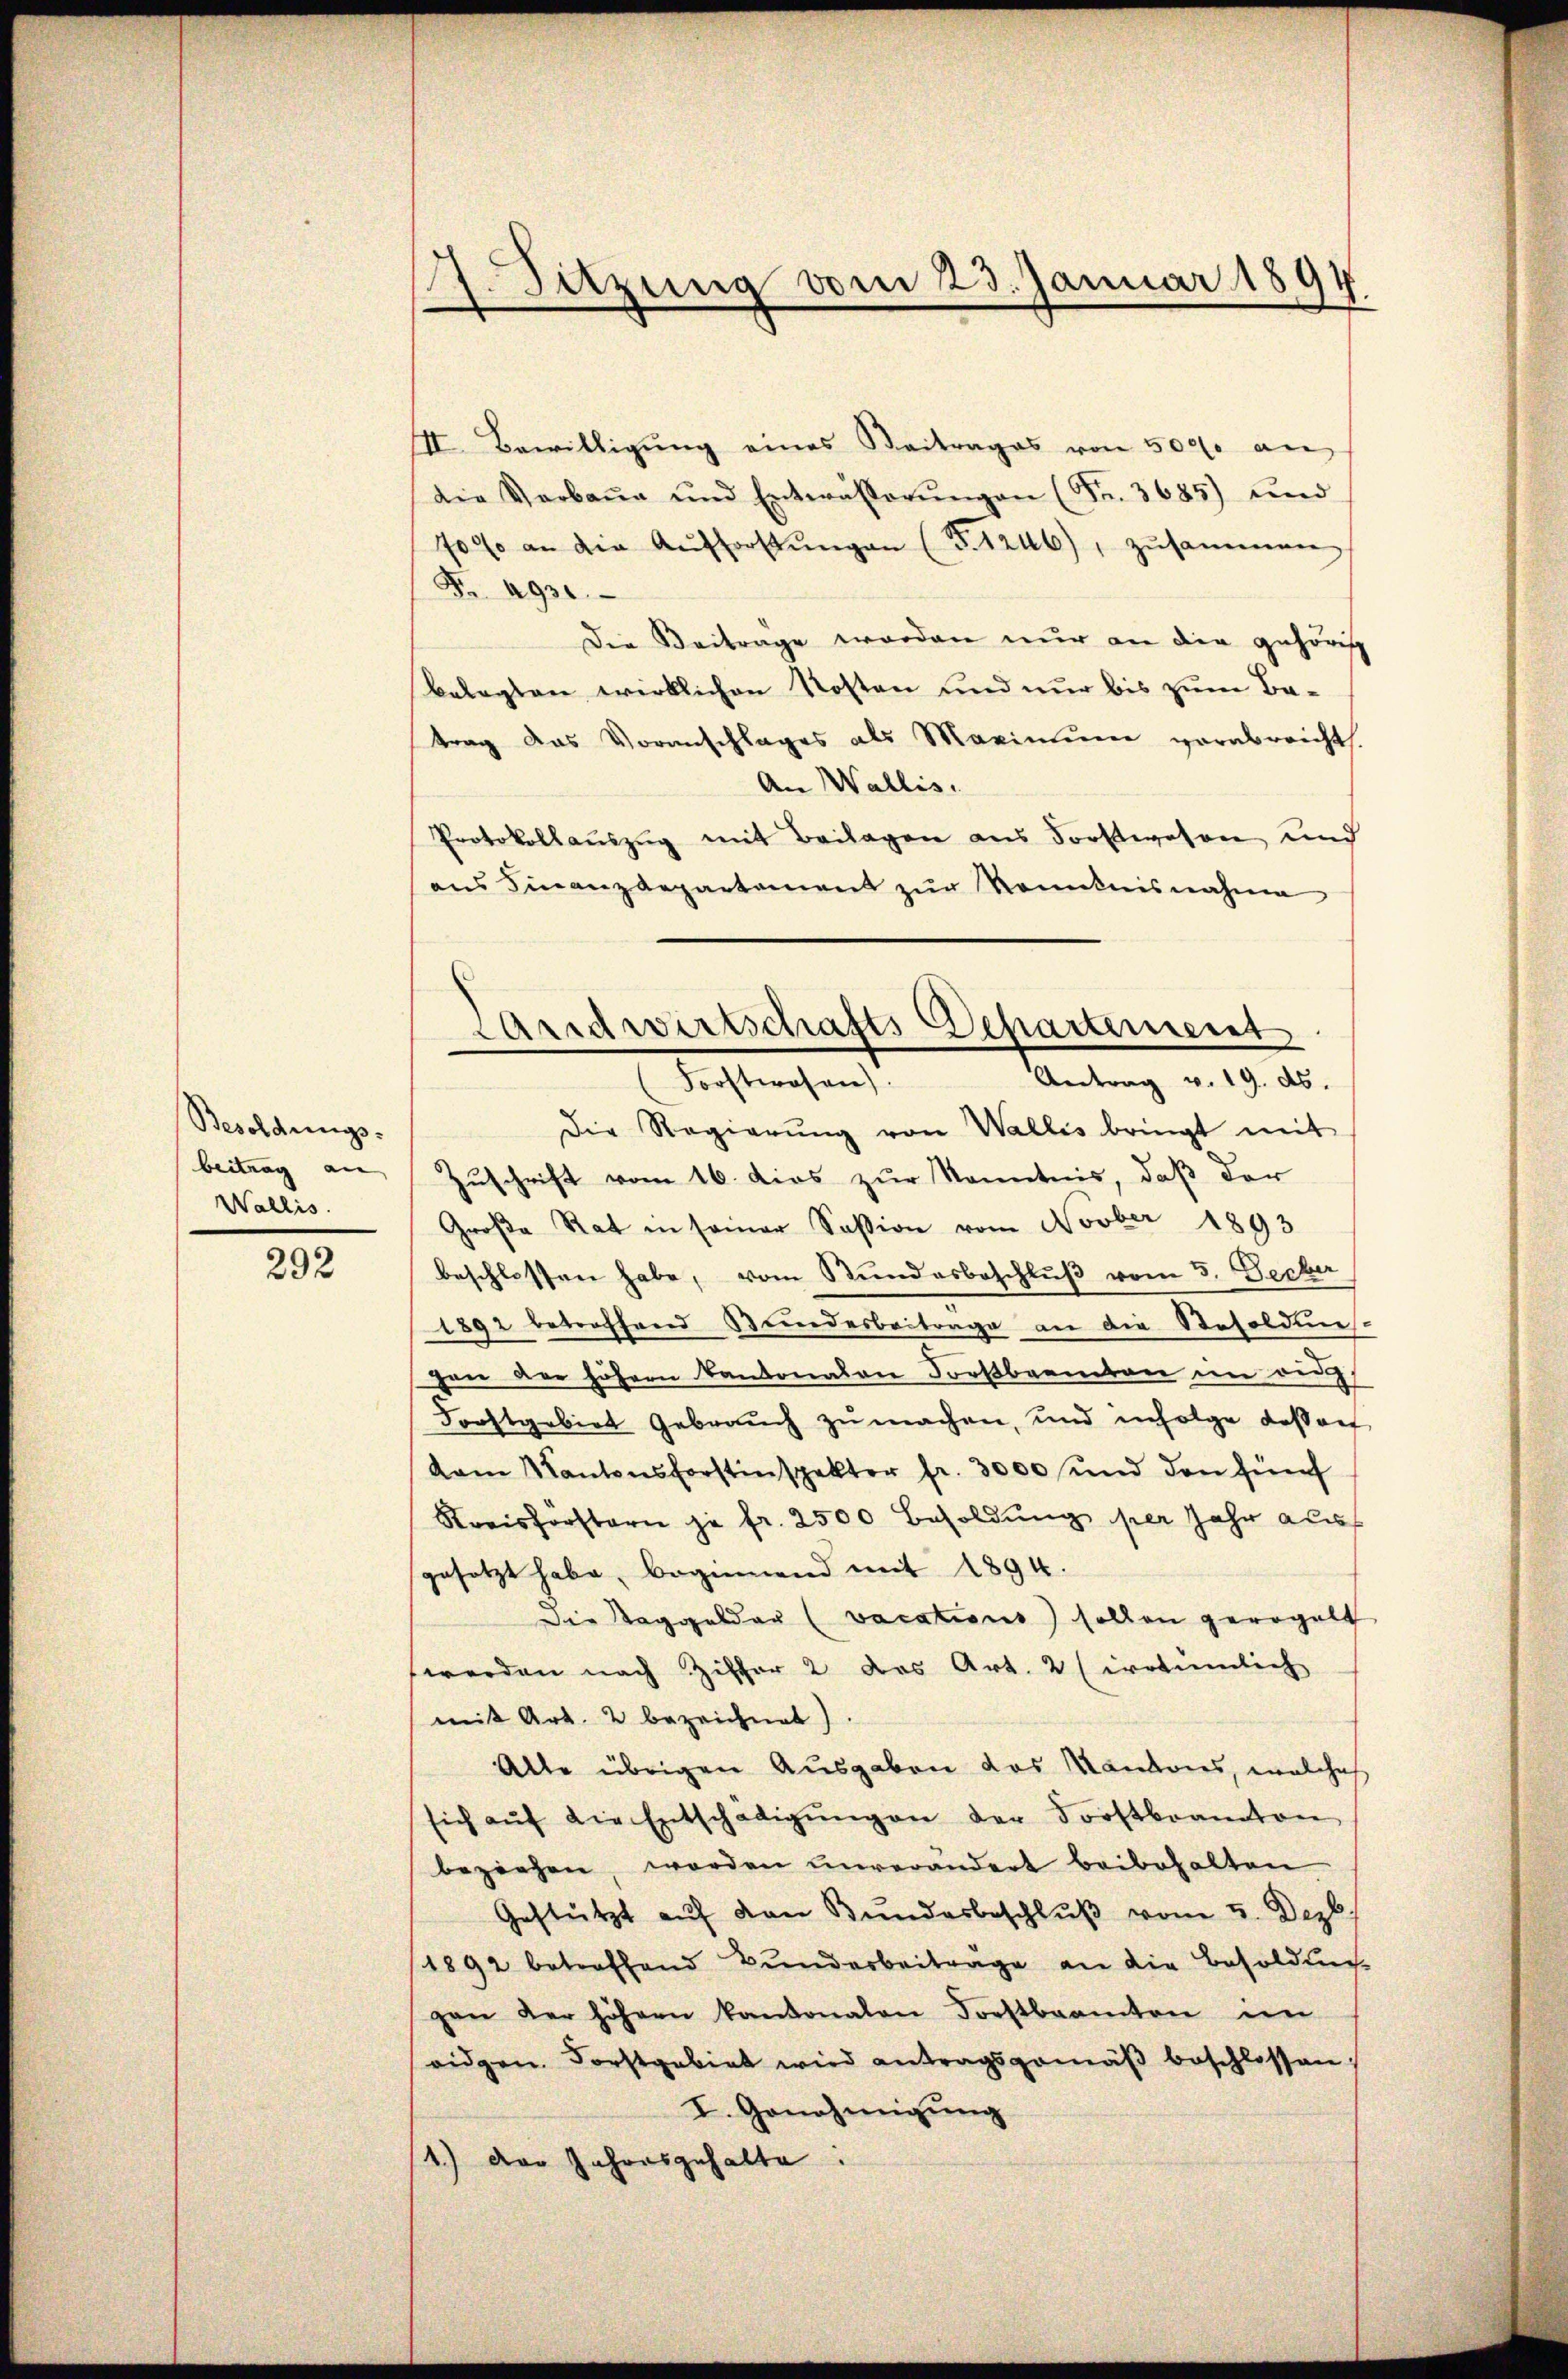
Besoldungs-
beitrag an |
Wallis.

292

Sitzung vom 23. Januar 1894
n
e

III. Bewilligŭng eines Beitrages von 500 an
Die Verbaŭe und Entwässerŭngen (Fr. 3685) und
7000 an die Aŭsforstŭngen (T.1246), zusammen
Fr. 4930
Die Beitrage werden nur an die gehörig
belegten wirklichen Kosten und nur bis zum Batrag das Voranschlages als Maximum vorabreicht.
An Wallis.
Protokollaŭszŭg mit Beilagen aus Forstwesen und
ans Finanzdepartament zŭr Kenntnisnahme

Landwirtschafts Departement
Antrag v. 19. ds.
Forstwesen.

Die Regierŭng von Wallis bringt mit
Zuschrift vom 16. dies zur Kenntnis, daß der
Große Rat in seiner Session vom Novber 1893
beschlossen habe, vom Bundesbeschluß vom 5. Decker
1892 betroffend Bundesbeitrage an die Resoldung-
gen der höhern kantonalen Fortbeamten im ang
Forstgebiet Gebrauch zu machen, und infolge Kassaef
dam Kantonsforstinspekter fr. 3000 und den fünf
Kreisforstern je fr. 2500 Besoldung per Jahr auf
gesetzt habe, beginnend mit 1894.
Die Taggelder (vocations sollen geregelt
werden nach Ziffer 2 das Art. 2 (irrtümlich
mit Art. 2 bezeichnet)
Alle übrigen Ausgaben das Kantons, welches
sich aŭf die Entschädigŭngen der Forstbrannten
beziehen, worden unverändert beibehalten
Gestützt aŭf den Bundesbeschlŭβ vom 5. Dezb
1892 betreffend Bunderbeiträge an die Besoldung
gan der höhern kantonalen Forstbeamten in
ridgen. Forstgebiet wird antragsgemäβ beschlossen,
I. Genehmigung
1.) Der Jahresgehalte: